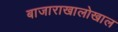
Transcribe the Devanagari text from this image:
बाजाराखालोखाल